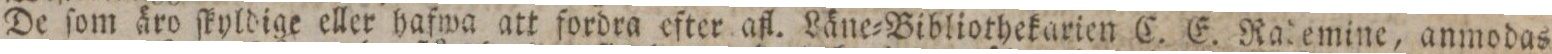
De ſom äro ſkyldige eller hafwa att fordra efter afl. Läne=Bibliothekarien C. E. Rademine, anmodas